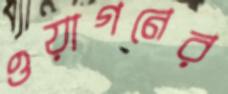
ওয়াগনের